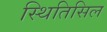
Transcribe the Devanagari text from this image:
स्थितिसिल